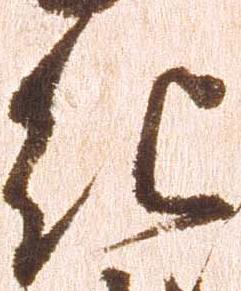
紀